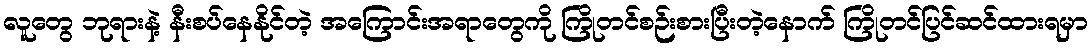
လူတွေ ဘုရားနဲ့ နီးစပ်နေနိုင်တဲ့ အကြောင်းအရာတွေကို ကြိုတင်စဉ်းစားပြီးတဲ့နောက် ကြိုတင်ပြင်ဆင်ထားရမှာ